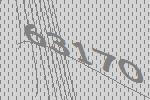
63170